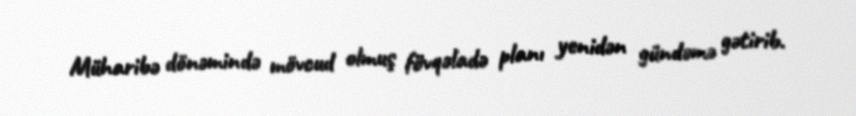
Müharibə dönəmində mövcud olmuş fövqəladə planı yenidən gündəmə gətirib.